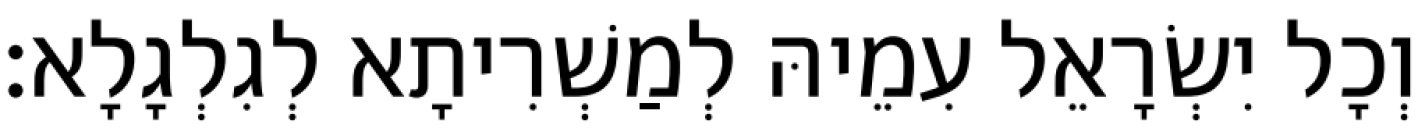
וְכָל יִשְׂרָאֵל עִמֵיהּ לְמַשְׁרִיתָא לְגִלְגָלָא׃